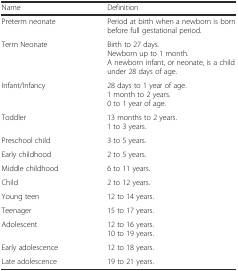
<table><thead><tr><td><b>Name</b></td><td><b>Definition</b></td></tr></thead><tbody><tr><td>Preterm neonate</td><td>Period at birth when a newborn is born before full gestational period.</td></tr><tr><td>Term Neonate</td><td>Birth to 27 days.Newborn up to 1 month.A newborn infant, or neonate, is a child under 28 days of age.</td></tr><tr><td>Infant/Infancy</td><td>28 days to 1 year of age.1 month to 2 years.0 to 1 year of age.</td></tr><tr><td>Toddler</td><td>13 months to 2 years.1 to 3 years.</td></tr><tr><td>Preschool child</td><td>3 to 5 years.</td></tr><tr><td>Early childhood</td><td>2 to 5 years.</td></tr><tr><td>Middle childhood</td><td>6 to 11 years.</td></tr><tr><td>Child</td><td>2 to 12 years.</td></tr><tr><td>Young teen</td><td>12 to 14 years.</td></tr><tr><td>Teenager</td><td>15 to 17 years.</td></tr><tr><td>Adolescent</td><td>12 to 16 years.10 to 19 years.</td></tr><tr><td>Early adolescence</td><td>12 to 18 years.</td></tr><tr><td>Late adolescence</td><td>19 to 21 years.</td></tr></tbody></table>